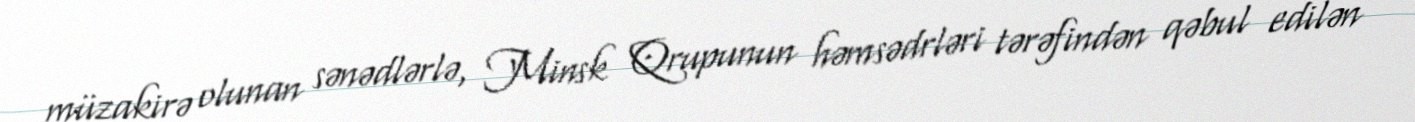
müzakirə olunan sənədlərlə, Minsk Qrupunun həmsədrləri tərəfindən qəbul edilən